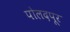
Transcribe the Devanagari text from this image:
पोलदपूर